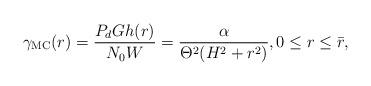
LaTeX: \begin{align*}\gamma_{\mathrm{MC}}(r)=\frac{P_dGh(r)}{N_0W}=\frac{\alpha}{\Theta^2(H^2+r^2)},0\leq r\leq \bar{r},\end{align*}